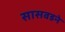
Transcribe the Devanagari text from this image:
सासवडने